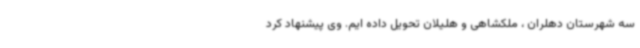
سه شهرستان دهلران ، ملکشاهی و هلیلان تحویل داده ایم. وی پیشنهاد کرد